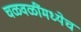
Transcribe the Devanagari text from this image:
चळवळींमध्येच